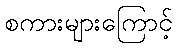
စကားများကြောင့်